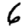
Digit: 6